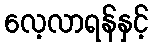
လေ့လာရန်နှင့်